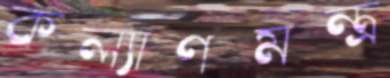
কল্যাণমন্ত্র